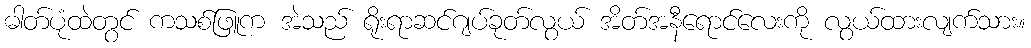
ဓါတ်ပုံထဲတွင် ကသစ်ဖြူက အဲသည် ရိုးရာဆင်ဂျပ်ခုတ်လွယ် အိတ်အနီရောင်လေးကို လွယ်ထားလျက်သား။